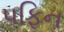
પફિન